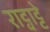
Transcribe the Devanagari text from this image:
राट्वाट्टे